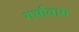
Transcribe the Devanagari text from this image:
गर्भावास